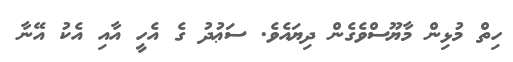
ހިތް މުޅިން މާޔޫސްވެގެން ދިޔައެވެ. ސަޢުދު ގެ އެހީ އާއި އެކު އޭނާ